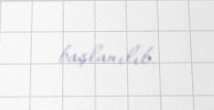
başlanılıb.